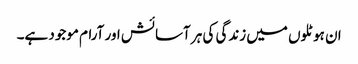
ان ہوٹلوں میں زندگی کی ہر آسائش اور آرام موجود ہے۔